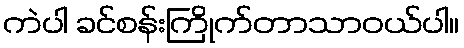
ကဲပါ ခင်စန်းကြိုက်တာသာဝယ်ပါ။